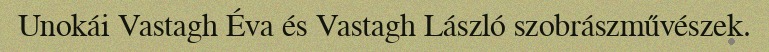
Unokái Vastagh Éva és Vastagh László szobrászművészek.